Report of an investigation of the epidemic of malarial fever in Assam, or, kala-azar
Disease focus: Malaria
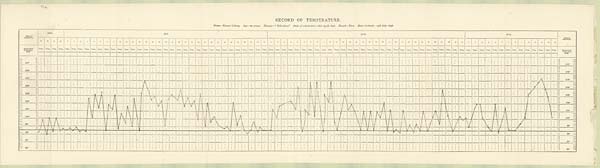
RECORD OF TEMPERATURE.
Name—Kamar Lalong. Age-22—years. Disease—"Kála-ázar." Date of admission—16th April 1896, Result—Died. Date of death—14th July 1896.